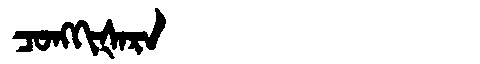
Manchu: ᠴᠣᠩᡴᡳᡧᠠᡵᠠ
Romanization: CONGKIŠARA